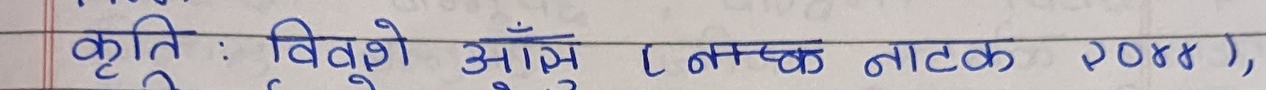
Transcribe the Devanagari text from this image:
कृति : विवृत्त आम्र (नाटक २०१४),